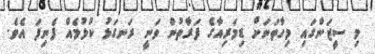
މި ސީޒަންގައި މިހާތަނަށް ޑިމަރިއާގެ ފަރާތުން ވަނީ ރަނގަޅު ކުޅުމެއް ފެނިފަ އެވެ.